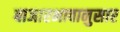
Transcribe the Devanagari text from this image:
बाजारभावानुसार